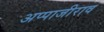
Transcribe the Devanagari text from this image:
अप्पाजीराव